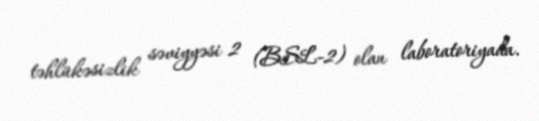
təhlükəsizlik səviyyəsi 2 (BSL-2) olan laboratoriyada.